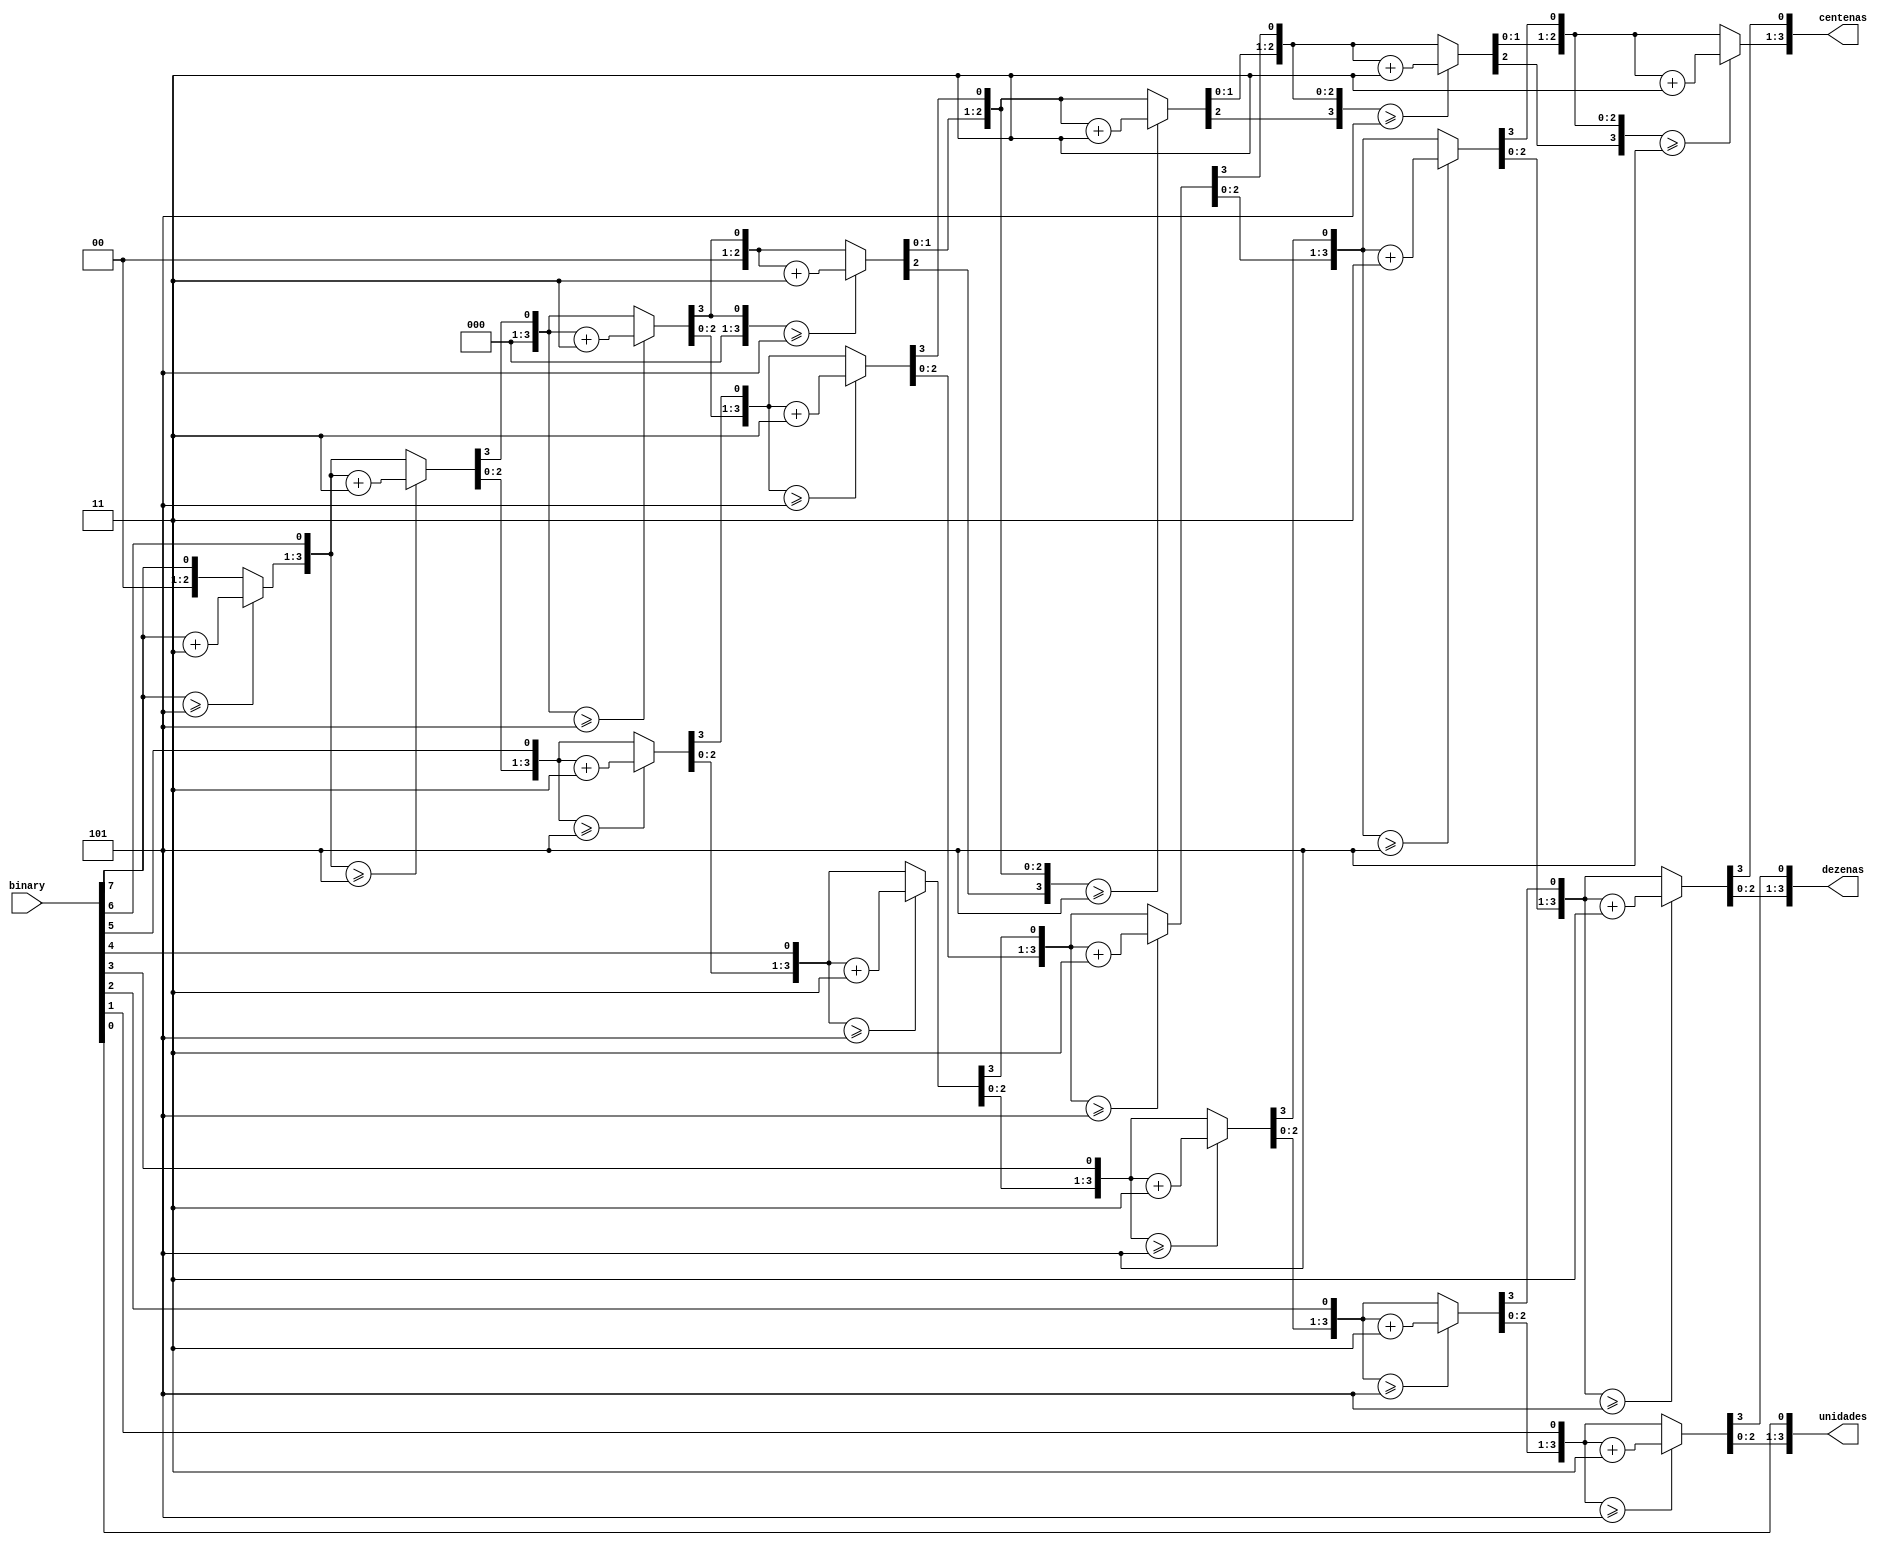
module bin2BCD (binary, centenas, dezenas, unidades);

		input [7:0] binary;
		output reg [3:0] centenas, dezenas, unidades;
		
		integer i;
		
		always @* begin
		
			centenas = 4'b0000;
			dezenas  = 4'b0000;
			unidades = 4'b0000;
			
			for(i = 7; i>=0 ; i = i-1) begin
			
				//soma 3 caso a entrada for maior que 5
				if(centenas >= 5) centenas = centenas + 3;
				if(dezenas >= 5)  dezenas = dezenas + 3;
				if(unidades >= 5) unidades = unidades + 3;
				
				//deslocando e assumindo o digito mais significativo
				centenas = centenas << 1;
				centenas[0] = dezenas[3];
				dezenas = dezenas << 1;
				dezenas[0] = unidades[3];
				unidades = unidades << 1;
				unidades[0] = binary[i];
				
				
			end
		
		end

endmodule